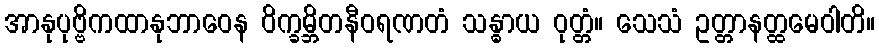
အာနုပုဗ္ဗိကထာနုဘာဝေန ဝိက္ခမ္ဘိတနီဝရဏတံ သန္ဓာယ ဝုတ္တံ။ သေသံ ဥတ္တာနတ္ထမေဝါတိ။